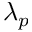
\lambda _ { p }